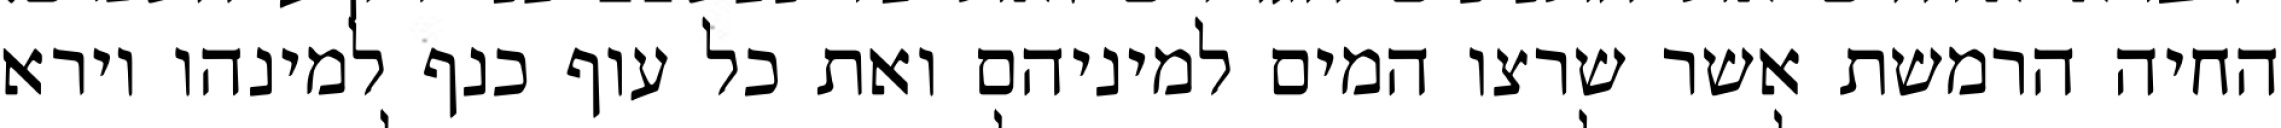
החיה הרמשת אשר שרצו המים למיניהם ואת כל עוף כנף למינהו וירא